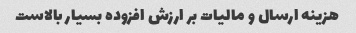
هزینه ارسال و مالیات بر ارزش افزوده بسیار بالاست